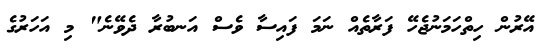
އޭރުން ހިތްހަމަނުޖެހޭ ފަރާތެއް ނަމަ ފައިސާ ވެސް އަނބުރާ ދެވޭނެ" މި އަހަރުގެ